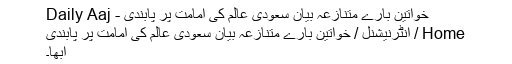
خواتین بارے متنازعہ بیان ٗسعودی عالم کی امامت پر پابندی - Daily Aaj
Home / انٹرنیشنل / خواتین بارے متنازعہ بیان ٗسعودی عالم کی امامت پر پابندی
ابھا۔